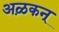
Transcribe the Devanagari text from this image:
अऴकन्